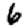
Digit: 6